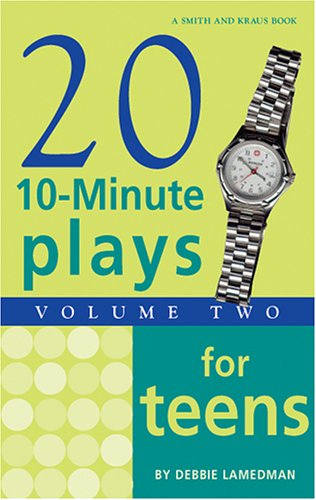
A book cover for Twenty Ten-Minute Plays for Teens Volume 2; Debbie Lamedman; Teen & Young Adult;